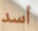
أسد